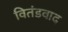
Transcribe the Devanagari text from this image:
वितंडवाद